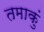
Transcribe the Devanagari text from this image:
तमाकुं